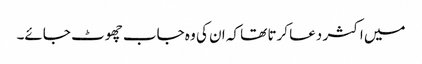
میں اکثر دعا کرتا تھا کہ ان کی وہ جاب چھوٹ جائے۔